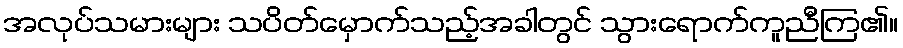
အလုပ်သမားများ သပိတ်မှောက်သည့်အခါတွင် သွားရောက်ကူညီကြ၏။